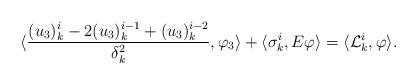
LaTeX: \begin{align*} \langle \frac{(u_3)_k^i-2(u_3)_k^{i-1}+(u_3)_k^{i-2}}{\delta_k^2}, \varphi_3 \rangle +\langle \sigma_k^i, E \varphi \rangle=\langle \mathcal L_k^i,\varphi \rangle.\end{align*}